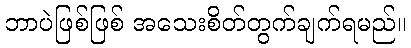
ဘာပဲဖြစ်ဖြစ် အသေးစိတ်တွက်ချက်ရမည်။